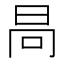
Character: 𣅻